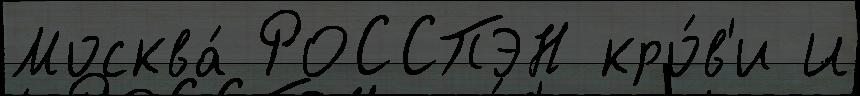
Москва́ РОССПЭН кро́в'и И